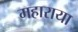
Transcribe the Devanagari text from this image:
महाराया